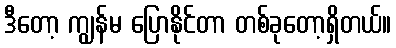
ဒီတော့ ကျွန်မ ပြောနိုင်တာ တစ်ခုတော့ရှိတယ်။